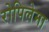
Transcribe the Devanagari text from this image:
रोपिलेमा